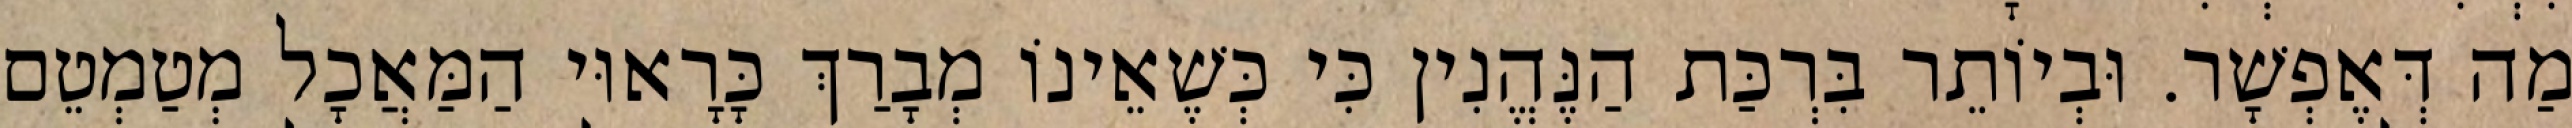
מַה דְּאֶפְשָׁר. וּבְיוֹתֵר בִּרְכַּת הַנֶּהֱנִין כִּי כְּשֶׁאֵינוֹ מְבָרַךְ כָּרָאוּי הַמַּאֲכָל מְטַמְטֵם